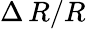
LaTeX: \Delta\, R/R